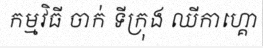
កម្មវិធី ចាក់ ទីក្រុង ឈីកាហ្គោ